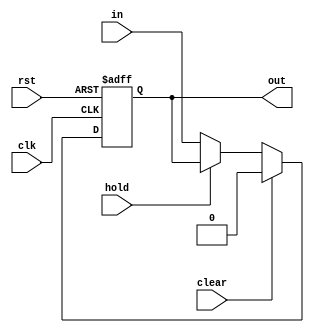
module regr (clk, rst, clear, hold, in, out);
   parameter N = 1;
   input       clk;
   input       rst;
   input       clear;
   input       hold;   
   input wire [N-1:0]      in;
   output reg [N-1:0]      out;
	always @(posedge clk, negedge rst) begin
	   if (!rst) begin
	      out <= {N{1'b0}};
	   end
	   else if (clear) begin
	     out <= {N{1'b0}};
	   end
	   else if (hold) begin
	     out <= out;
	   end
	   else begin
	     out <= in;
	   end
	end
endmodule